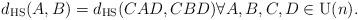
LaTeX: \begin{align*} d_ \textrm{HS}(A,B) = d_ \textrm{HS}(CAD,CBD) \forall A,B,C,D \in \mathrm{U}(n).\end{align*}